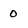
Character: 0